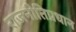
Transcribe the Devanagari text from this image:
राजनीतिप्रधान